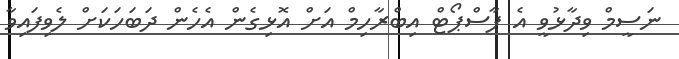
ނަސީމް ވިދާޅުވީ އެ ޕާސްޕޯޓް އިބްރާހިމް އަށް އޮޅިގެން އެހެން ދަބަހަކަށް ލެވިފައިވާ